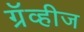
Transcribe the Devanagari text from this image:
ग्रॅव्हीज